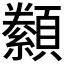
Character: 𮨟